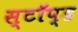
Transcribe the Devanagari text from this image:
स्टॉप्ड